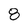
Character: 8